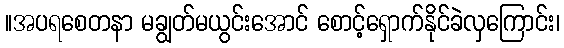
။အပရစေတနာ မချွတ်မယွင်းအောင် စောင့်ရှောက်နိုင်ခဲလှကြောင်း၊